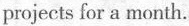
projects for a month.